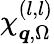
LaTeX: \chi_{\boldsymbol{q},\Omega}^{(l,l)}